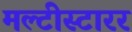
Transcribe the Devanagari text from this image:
मल्टीस्टारर